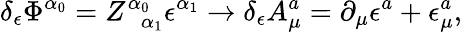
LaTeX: \delta_{\epsilon}\Phi^{\alpha_{0}}=Z_{\; \; \alpha_{1}}^{\alpha_{0}}\epsilon^{\alpha_{1}}\rightarrow\delta_{\epsilon}A_{\mu}^{a}=\partial_{\mu}\epsilon^{a}+\epsilon_{\mu}^{a},